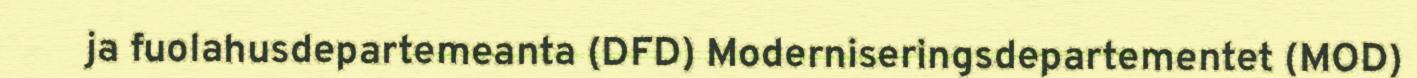
ja fuolahusdepartemeanta (DFD) Moderniseringsdepartementet (MOD)